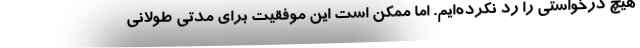
هیچ درخواستی را رد نکرده‌ایم. اما ممکن است این موفقیت برای مدتی طولانی